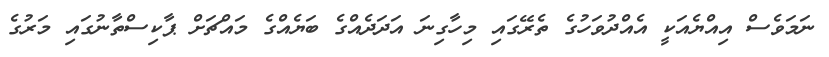
ނަމަވެސް އިއްޔެއަކީ އެއްދުވަހުގެ ތެރޭގައި މިހާގިނަ އަދަދެއްގެ ބަޔެއްގެ މައްޗަށް ޕާކިސްތާނުގައި މަރުގެ